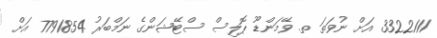
3322111 އަށް ނުވަތަ ތ. ވޭމަންޑޫ ޕޮލިސް ސްޓޭޝަންގެ ނަމްބަރު 7791854 އަށް